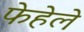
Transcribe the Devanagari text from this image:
फेहेले